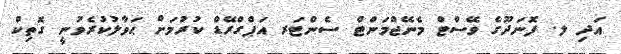
އަދި ލ. ފޮނަދޫގެ ވޭސްޓް މެނޭޖްމަންޓް ސެންޓަރ އަޕްގްރޭޑް ކުރުމަށް ޙަވާލުކުރެވުނީ ގޮތިކް